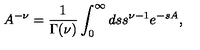
A ^ { - \nu } = \frac { 1 } { \Gamma ( \nu ) } \int _ { 0 } ^ { \infty } d s s ^ { \nu - 1 } e ^ { - s A } ,